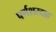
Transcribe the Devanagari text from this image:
पर्णशरदाह